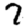
Digit: 7